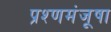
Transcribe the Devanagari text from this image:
प्रश्णमंजूषा